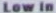
Low In